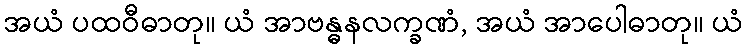
အယံ ပထဝီဓာတု။ ယံ အာဗန္ဓနလက္ခဏံ, အယံ အာပေါဓာတု။ ယံ